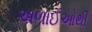
અળાઈઓથી